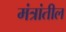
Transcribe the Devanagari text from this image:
मंत्रांतील